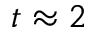
t \approx 2